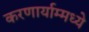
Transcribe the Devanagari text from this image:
करणार्याम्मध्ये